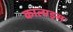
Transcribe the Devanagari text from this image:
कालाइस